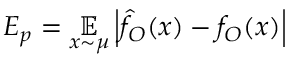
{ \cal { E } } _ { p } = \underset { x \sim \mu } { \mathbb { E } } \left| \hat { f } _ { O } ( x ) - f _ { O } ( x ) \right|